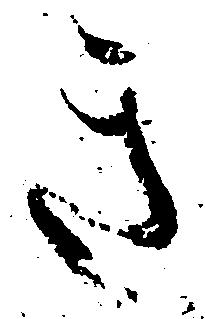
き